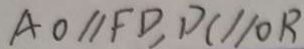
A O / / F D , D C / / O R